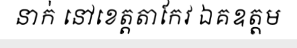
នាក់ នៅខេត្តតាកែវ ឯគឧត្តម